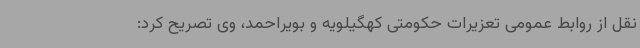
نقل از روابط عمومی تعزیرات حکومتی کهگیلویه و بویراحمد، وی تصریح کرد: